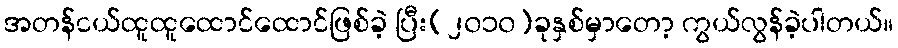
အတန်ငယ်ထူထူထောင်ထောင်ဖြစ်ခဲ့ ပြီး(၂၀၁၀)ခုနှစ်မှာတော့ ကွယ်လွန်ခဲ့ပါတယ်။